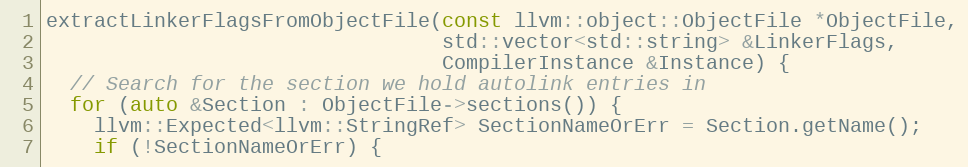
Language: C++
extractLinkerFlagsFromObjectFile(const llvm::object::ObjectFile *ObjectFile,
                                 std::vector<std::string> &LinkerFlags,
                                 CompilerInstance &Instance) {
  // Search for the section we hold autolink entries in
  for (auto &Section : ObjectFile->sections()) {
    llvm::Expected<llvm::StringRef> SectionNameOrErr = Section.getName();
    if (!SectionNameOrErr) {